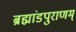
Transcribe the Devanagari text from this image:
ब्रह्मांडपुराणम्